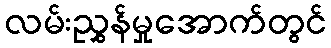
လမ်းညွှန်မှုအောက်တွင်